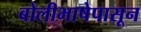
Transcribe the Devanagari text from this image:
बोलीभाषेपासून